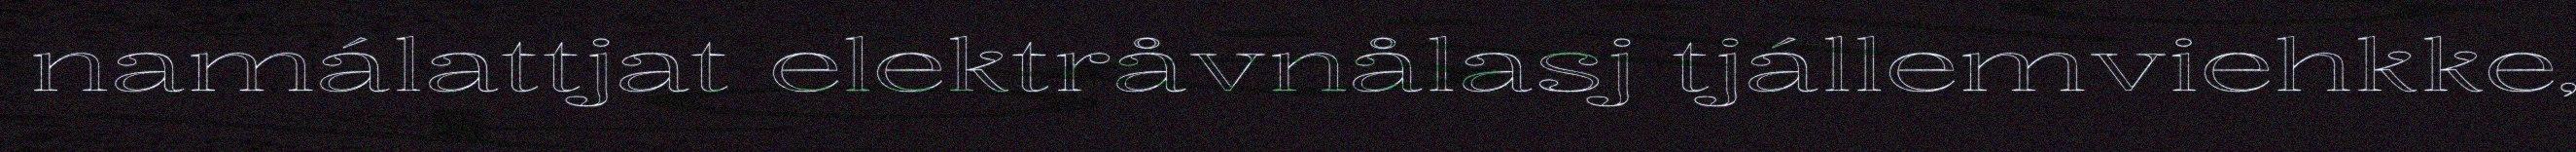
namálattjat elektråvnålasj tjállemviehkke,